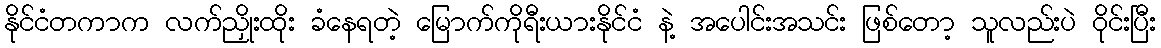
နိုင်ငံတကာက လက်ညှိုးထိုး ခံနေရတဲ့ မြောက်ကိုရီးယားနိုင်ငံ နဲ့ အပေါင်းအသင်း ဖြစ်တော့ သူလည်းပဲ ဝိုင်းပြီး